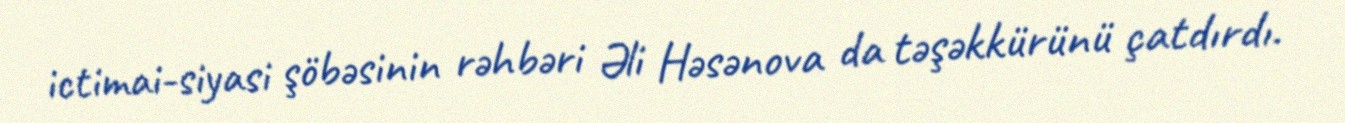
ictimai-siyasi şöbəsinin rəhbəri Əli Həsənova da təşəkkürünü çatdırdı.